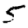
Digit: 5